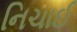
નિચાઈ